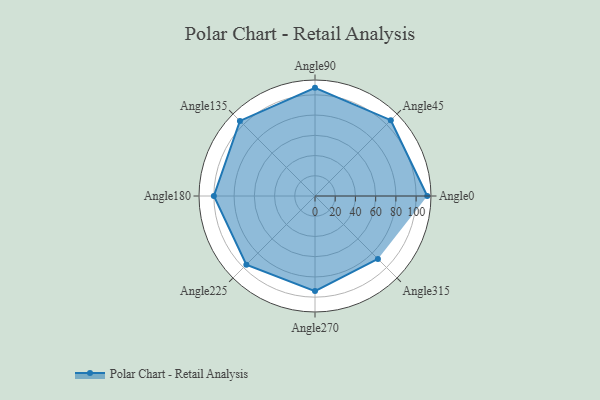
{"axis": {"x": "Angle", "y": "Radius"}, "legend": [""], "data": [{"x": "Angle0", "y": 111.0, "type": ""}, {"x": "Angle45", "y": 106.0, "type": ""}, {"x": "Angle90", "y": 107.0, "type": ""}, {"x": "Angle135", "y": 105.0, "type": ""}, {"x": "Angle180", "y": 100.0, "type": ""}, {"x": "Angle225", "y": 96.0, "type": ""}, {"x": "Angle270", "y": 94.0, "type": ""}, {"x": "Angle315", "y": 88.0, "type": ""}]}